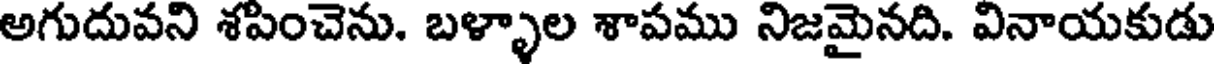
అగుదువని శపించెను. బళ్ళాల శాపము నిజమైనది. వినాయకుడు